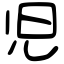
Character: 児